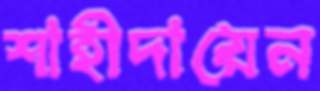
শাহীদায়েন